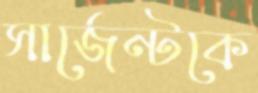
সার্জেন্টকে